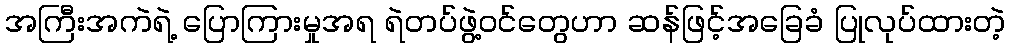
အကြီးအကဲရဲ့ ပြောကြားမှုအရ ရဲတပ်ဖွဲ့ဝင်တွေဟာ ဆန်ဖြင့်အခြေခံ ပြုလုပ်ထားတဲ့